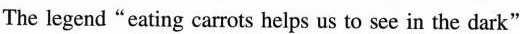
The legend "eating carrots helps us to see in the dark"